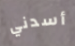
أسدني